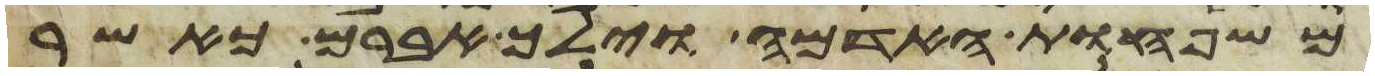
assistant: משפחות האדמה וילך אברם כאשר